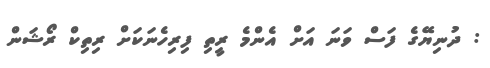
: ދުނިޔޭގެ ފަސް ވަނަ އަށް އެންމެ ރީތި ފިރިހެނަކަށް ރިތިކް ރޯޝަން